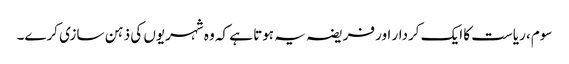
سوم، ریاست کا ایک کردار اور فریضہ یہ ہوتا ہے کہ وہ شہریوں کی ذہن سازی کرے۔